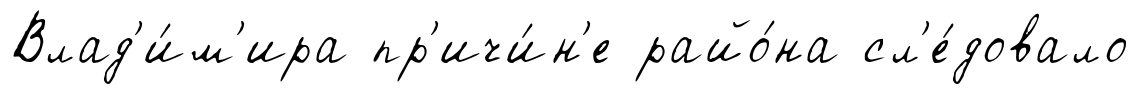
Влад'и́м'ира пр'ичи́н'е райо́на сл'е́довало